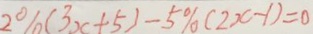
2 \% 1 ( 3 x + 5 ) - 5 \% ( 2 x - 1 ) = 0